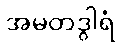
အမတဒွါရံ